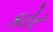
કોર